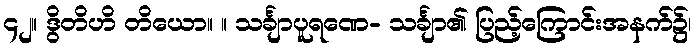
၄၂။ ဒွိတိဟိ တိယော။ ။ သင်္ချာပူရဏေ- သင်္ချာ၏ ပြည့်ကြောင်းအနက်၌၊